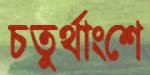
চতুর্থাংশে